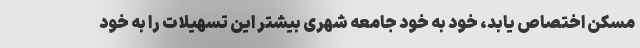
مسکن اختصاص یابد، خود به خود جامعه شهری بیشتر این تسهیلات را به خود